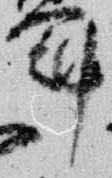
冠